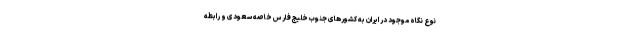
نوع نگاه موجود در ایران به کشورهای جنوب خلیج فارس خاصه سعودی و رابطه